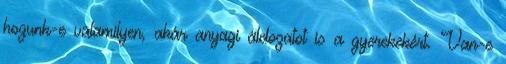
hozunk-e valamilyen, akár anyagi áldozatot is a gyerekekért. Van-e